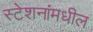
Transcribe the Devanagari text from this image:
स्टेशनांमधील